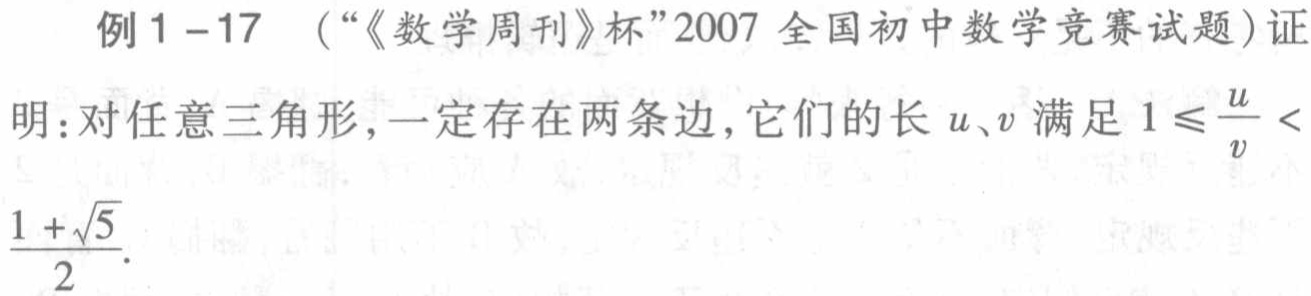
例1 - 17（“《数学周刊》杯”2007全国初中数学竞赛试题）证明：对任意三角形，一定存在两条边，它们的长\(u、v\)满足\(1\leqslant\frac{u}{v}<\frac{1 + \sqrt{5}}{2}\)。